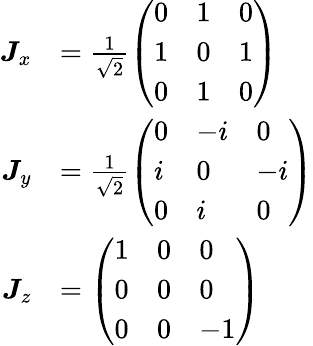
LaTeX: {\begin{array}{rl}{{\boldsymbol{J}}_{x}}&{={\frac{1}{\sqrt{2}}}{\left(\begin{array}{lll}{0}&{1}&{0}\\ {1}&{0}&{1}\\ {0}&{1}&{0}\end{array}\right)}}\\ {{\boldsymbol{J}}_{y}}&{={\frac{1}{\sqrt{2}}}{\left(\begin{array}{lll}{0}&{-i}&{0}\\ {i}&{0}&{-i}\\ {0}&{i}&{0}\end{array}\right)}}\\ {{\boldsymbol{J}}_{z}}&{={\left(\begin{array}{lll}{1}&{0}&{0}\\ {0}&{0}&{0}\\ {0}&{0}&{-1}\end{array}\right)}}\end{array}}